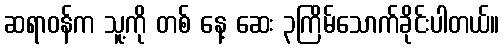
ဆရာဝန်က သူ့ကို တစ် နေ့ ဆေး ၃ကြိမ်သောက်ခိုင်းပါတယ်။